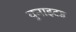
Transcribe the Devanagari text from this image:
युनाइटड